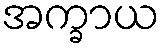
အက္ခာယ